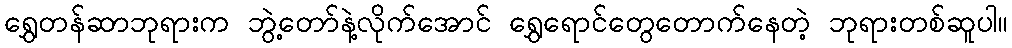
ရွှေတန်ဆာဘုရားက ဘွဲ့တော်နဲ့လိုက်အောင် ရွှေရောင်တွေတောက်နေတဲ့ ဘုရားတစ်ဆူပါ။